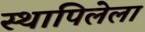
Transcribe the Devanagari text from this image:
स्थापिलेला